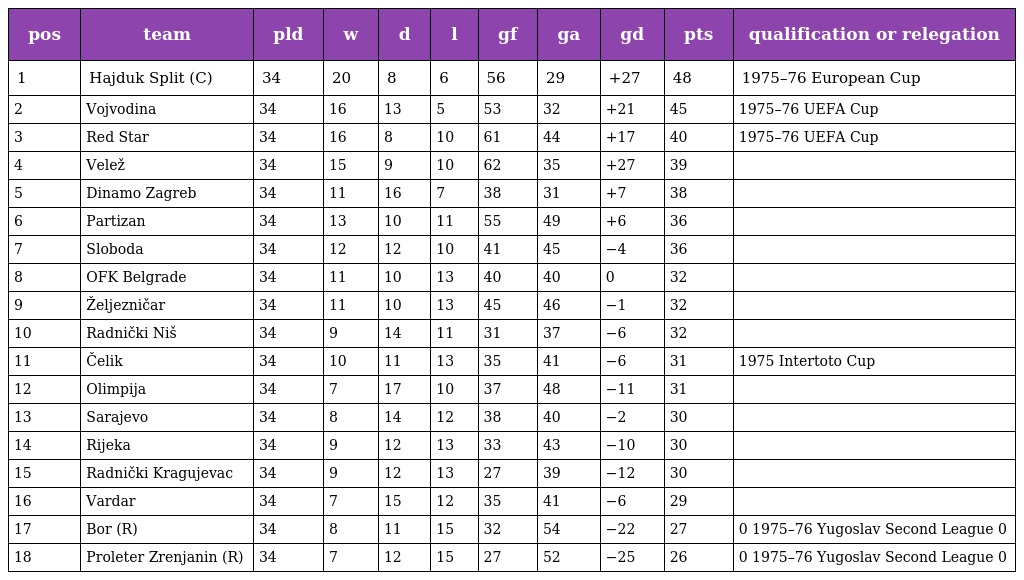
| pos | team | pld | w | d | l | gf | ga | gd | pts | qualification or relegation |
 | --- | --- | --- | --- | --- | --- | --- | --- | --- | --- | --- |
 | 1 | Hajduk Split (C) | 34 | 20 | 8 | 6 | 56 | 29 | +27 | 48 | 1975–76 European Cup |
 | 2 | Vojvodina | 34 | 16 | 13 | 5 | 53 | 32 | +21 | 45 | 1975–76 UEFA Cup |
 | 3 | Red Star | 34 | 16 | 8 | 10 | 61 | 44 | +17 | 40 | 1975–76 UEFA Cup |
 | 4 | Velež | 34 | 15 | 9 | 10 | 62 | 35 | +27 | 39 |  |
 | 5 | Dinamo Zagreb | 34 | 11 | 16 | 7 | 38 | 31 | +7 | 38 |  |
 | 6 | Partizan | 34 | 13 | 10 | 11 | 55 | 49 | +6 | 36 |  |
 | 7 | Sloboda | 34 | 12 | 12 | 10 | 41 | 45 | −4 | 36 |  |
 | 8 | OFK Belgrade | 34 | 11 | 10 | 13 | 40 | 40 | 0 | 32 |  |
 | 9 | Željezničar | 34 | 11 | 10 | 13 | 45 | 46 | −1 | 32 |  |
 | 10 | Radnički Niš | 34 | 9 | 14 | 11 | 31 | 37 | −6 | 32 |  |
 | 11 | Čelik | 34 | 10 | 11 | 13 | 35 | 41 | −6 | 31 | 1975 Intertoto Cup |
 | 12 | Olimpija | 34 | 7 | 17 | 10 | 37 | 48 | −11 | 31 |  |
 | 13 | Sarajevo | 34 | 8 | 14 | 12 | 38 | 40 | −2 | 30 |  |
 | 14 | Rijeka | 34 | 9 | 12 | 13 | 33 | 43 | −10 | 30 |  |
 | 15 | Radnički Kragujevac | 34 | 9 | 12 | 13 | 27 | 39 | −12 | 30 |  |
 | 16 | Vardar | 34 | 7 | 15 | 12 | 35 | 41 | −6 | 29 |  |
 | 17 | Bor (R) | 34 | 8 | 11 | 15 | 32 | 54 | −22 | 27 | 0 1975–76 Yugoslav Second League 0 |
 | 18 | Proleter Zrenjanin (R) | 34 | 7 | 12 | 15 | 27 | 52 | −25 | 26 | 0 1975–76 Yugoslav Second League 0 |